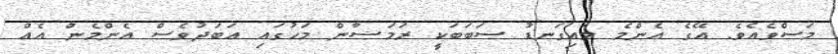
މަސްވެއެވެ. އޭގެ އެންމެ މައިގަނޑު ސަބަބަކީ ރަމަޟާން މަހުގައި އަބަދުވެސް އެންމެން އެއް